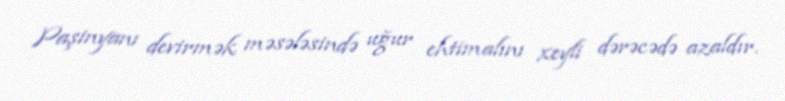
Paşinyanı devirmək məsələsində uğur ehtimalını xeyli dərəcədə azaldır.